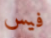
فيس